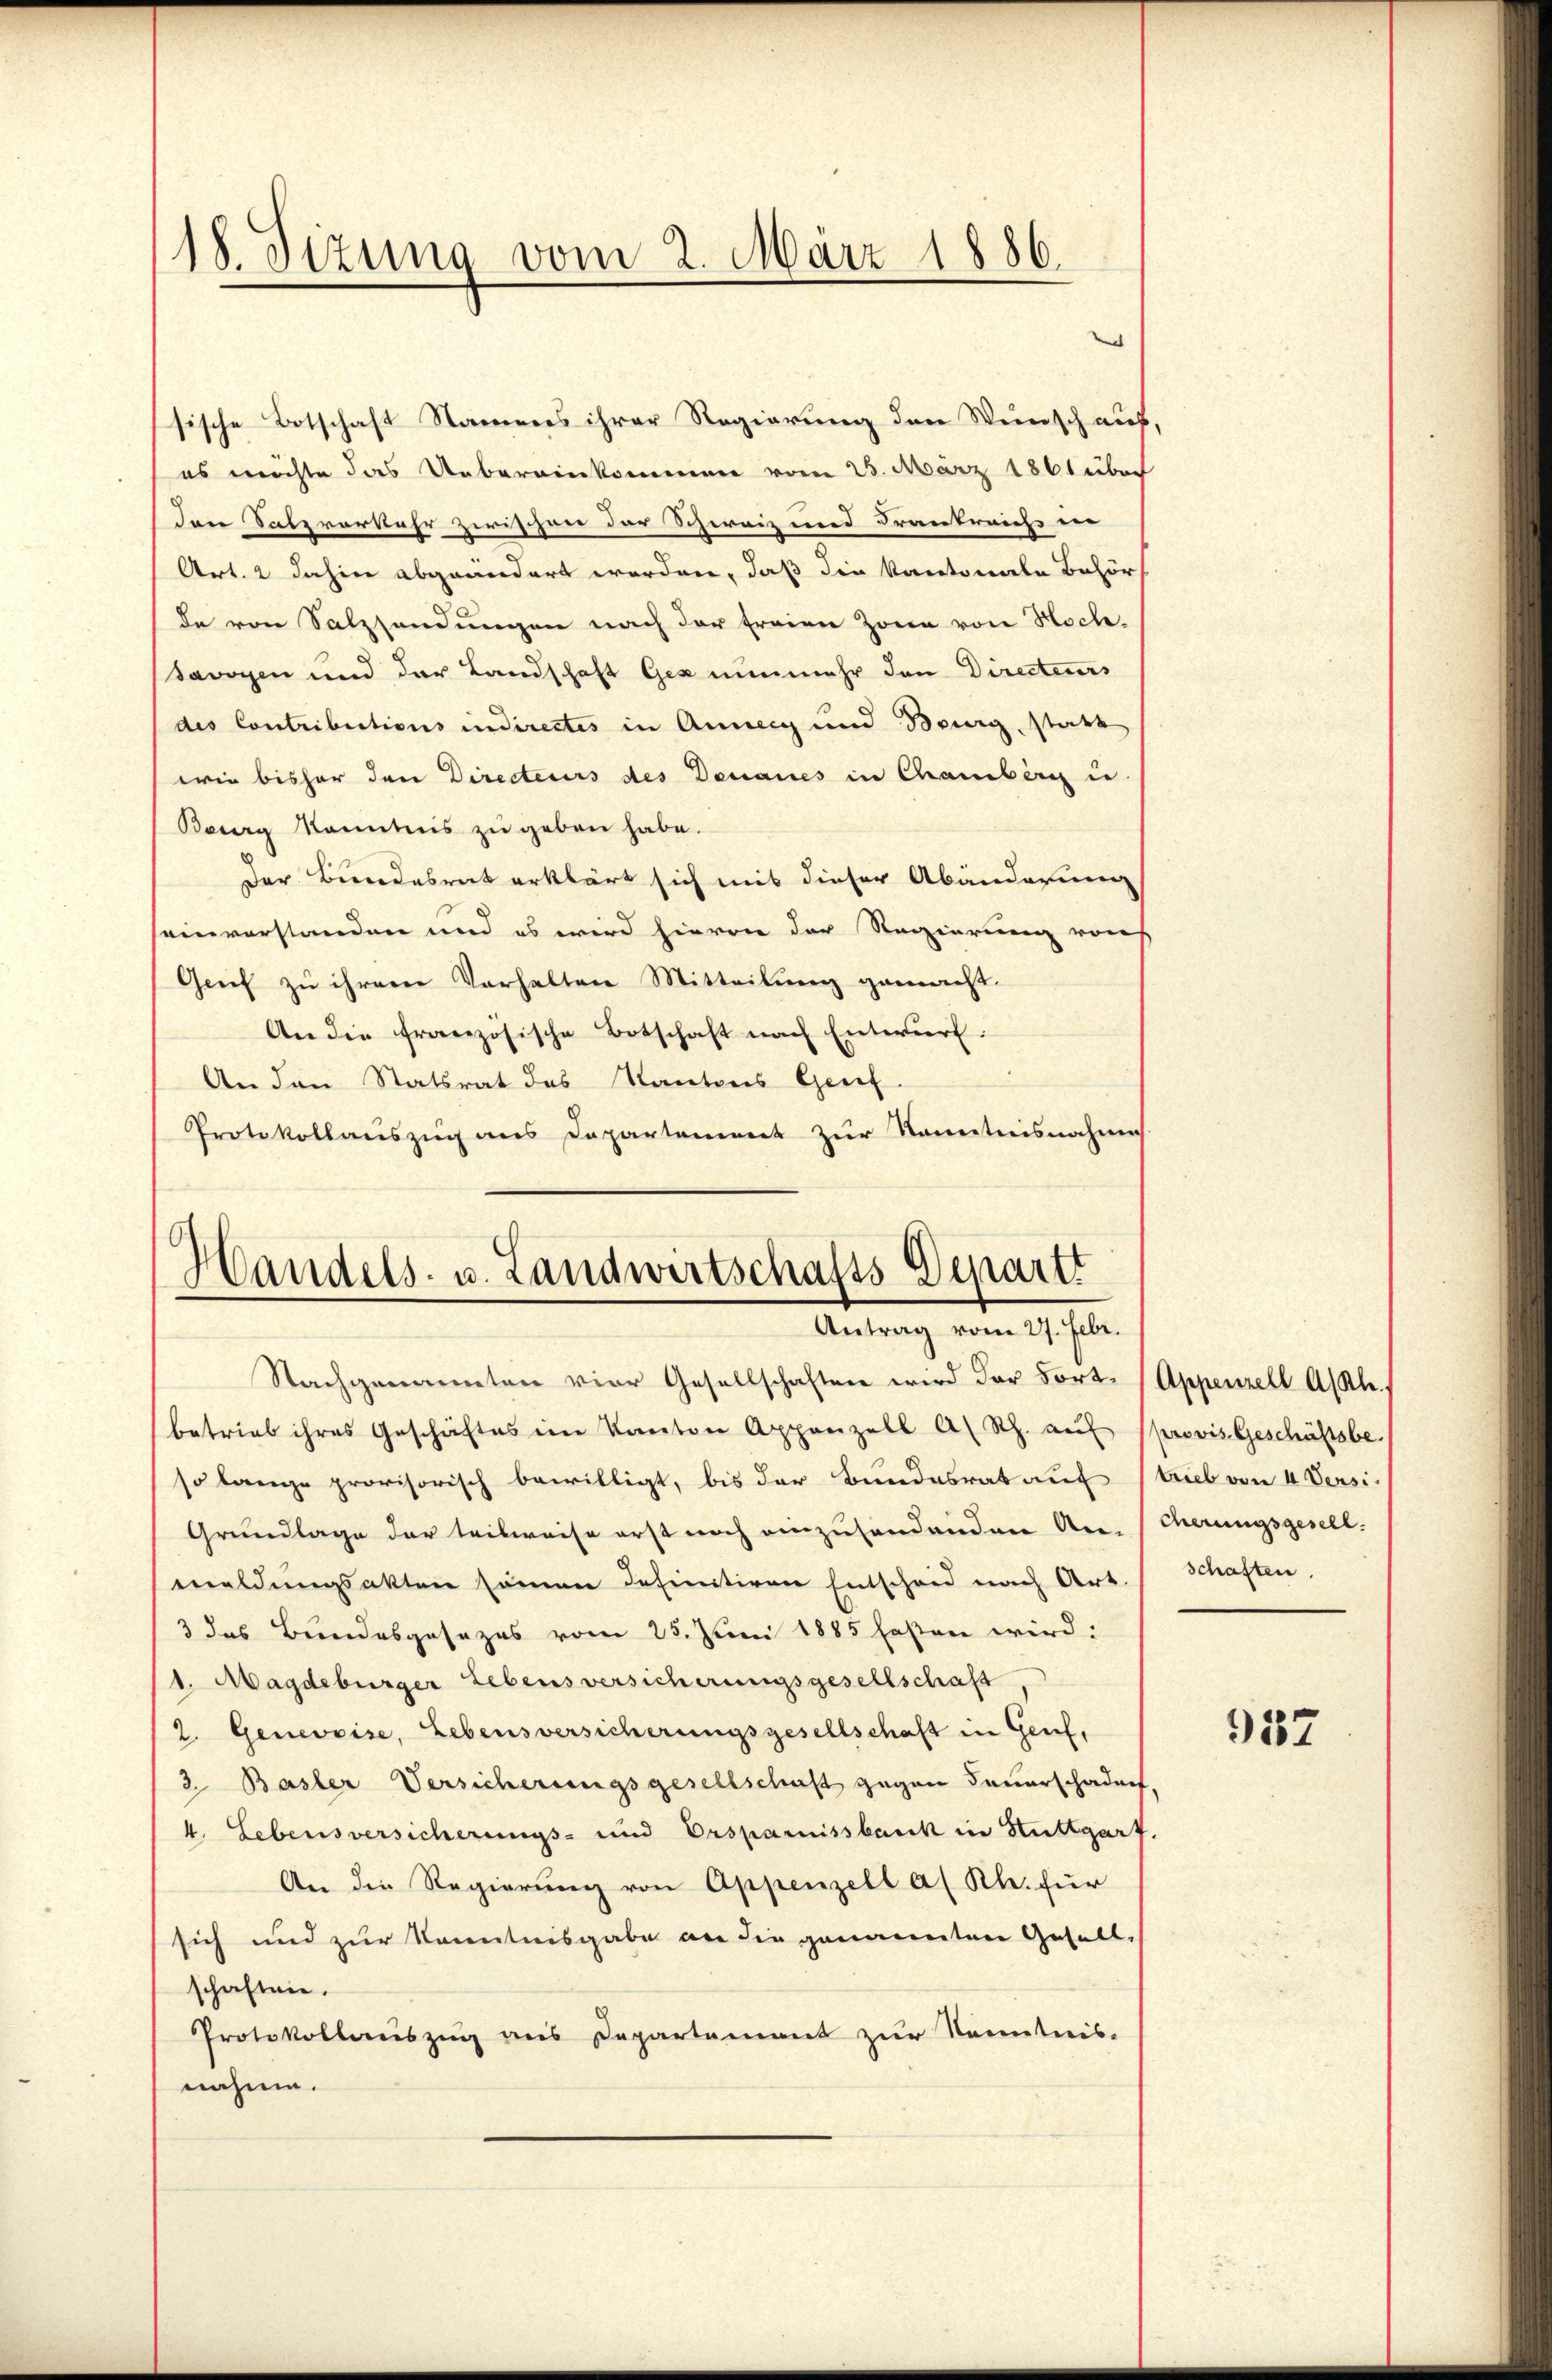
18. Sizung vom 2. März 1886.

sische Botschaft Namens ihrer Regierung den Wünsch auf,
es möchte das Uebereinkommen vom 23. März 1861 übri
Iare Satz vorkehr zwischen der Schweiz und Frankreichs ver
Art. 2 dahin abgeändert worden, daß die Kantonale Behörf
de von Salzsendungen nach der freien Zone von Hoch¬
Savoyen und der Landschaft Gex nunmehr den Directeurs
des Contributions indirectes in Anney und Bourg, statt
wie bisher der Directeurs des Donaues in Chamberg u.
Beorg Kenntnis zŭ geben habe.
Der Bundesrat erklärt sich mit dieser Abänderung
seinverstanden und es wird hievon der Regierung von
Grif zu ihrem Verhalten Mitteilung gemacht.
An die französische Botschaft nach Entwurf:
An den Statsrat des Kantons Genf.
Protokollauszug aus Departement zur Kenntnisnahmes

Handels- u. Landwirtschafts-Departi
Antrag vom 27. Febr.

Nachgenannten vier Gesellschaften wird der Fort- (Appenzell Asah.
betrieb ihres Geschäftes im Kanton Appenzell A. Rh. aŭf provis Geschäftsbe
so lange provisorisch bewilligt, bis der Bundesrat auf lieb von 4 Versi-
Grundlage der teilweise erst noch einzusendenden An- Cherungsgesell
meldŭngsakten seinen definitiven Entscheid nach Art. Schaften.
3 das Bundesgesezes vom 25. Juni 1885 fasten wird:
1. Magdeburger Lebensversicherungsgesellschaft,
2. Genevoise, Lebensversicherungsgesellschaft in Genf,
3. Basler Versicherungsgesellschaft gegen Feuerschaden,
4. Lebensversicherungs- und Ersparnissbank in Stuttgarf.
An die Regierung von Appenzell a. Rh. für
sich und zur Kenntnisgabe an die genannten Gesell-
schaften.
Protokollauszug aus Departement zur Kenntnis-
nähme.

957